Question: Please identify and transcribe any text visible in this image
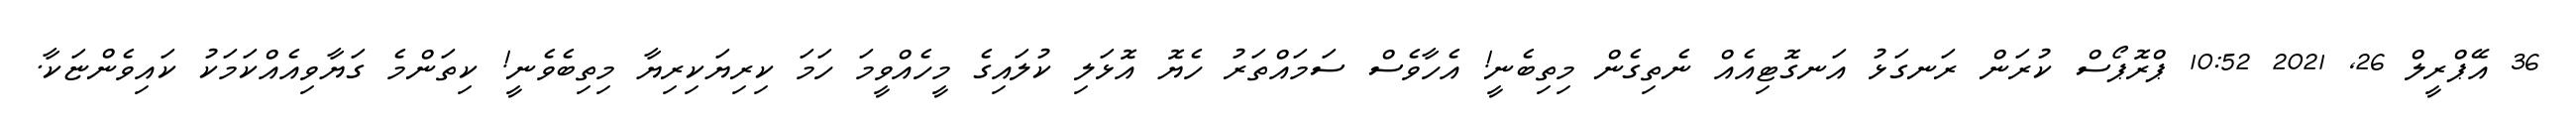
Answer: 36 އޭޕްރީލް 26, 2021 10:52 ޕްރޮޕޯސް ކުރަން ރަނގަޅު އަނގޮޓިއެއް ނެތިގެން މިތިބެނީ! އެހާވެސް ސަމައްތަރު ހެޔޮ އޮޅަލި ކުލައިގެ މީހެއްވީމަ ހަމަ ކިރިޔަކިރިޔާ މިތިބެވެނީ! ކިތަންމެ ގަޔާވިއެއްކަމަކު ކައިވެންޏަކާ.